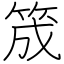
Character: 筬